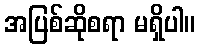
အပြစ်ဆိုစရာ မရှိပါ။